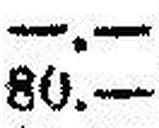
80.—